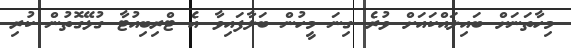
މިހާތަނަށް ބައިލައްކައަށް ވުރެ ގިނަ މީހުން ބަލާފައިވާ އެ ޓްރިބިއުޓާ ގުޅޭގޮތުން ކުރި